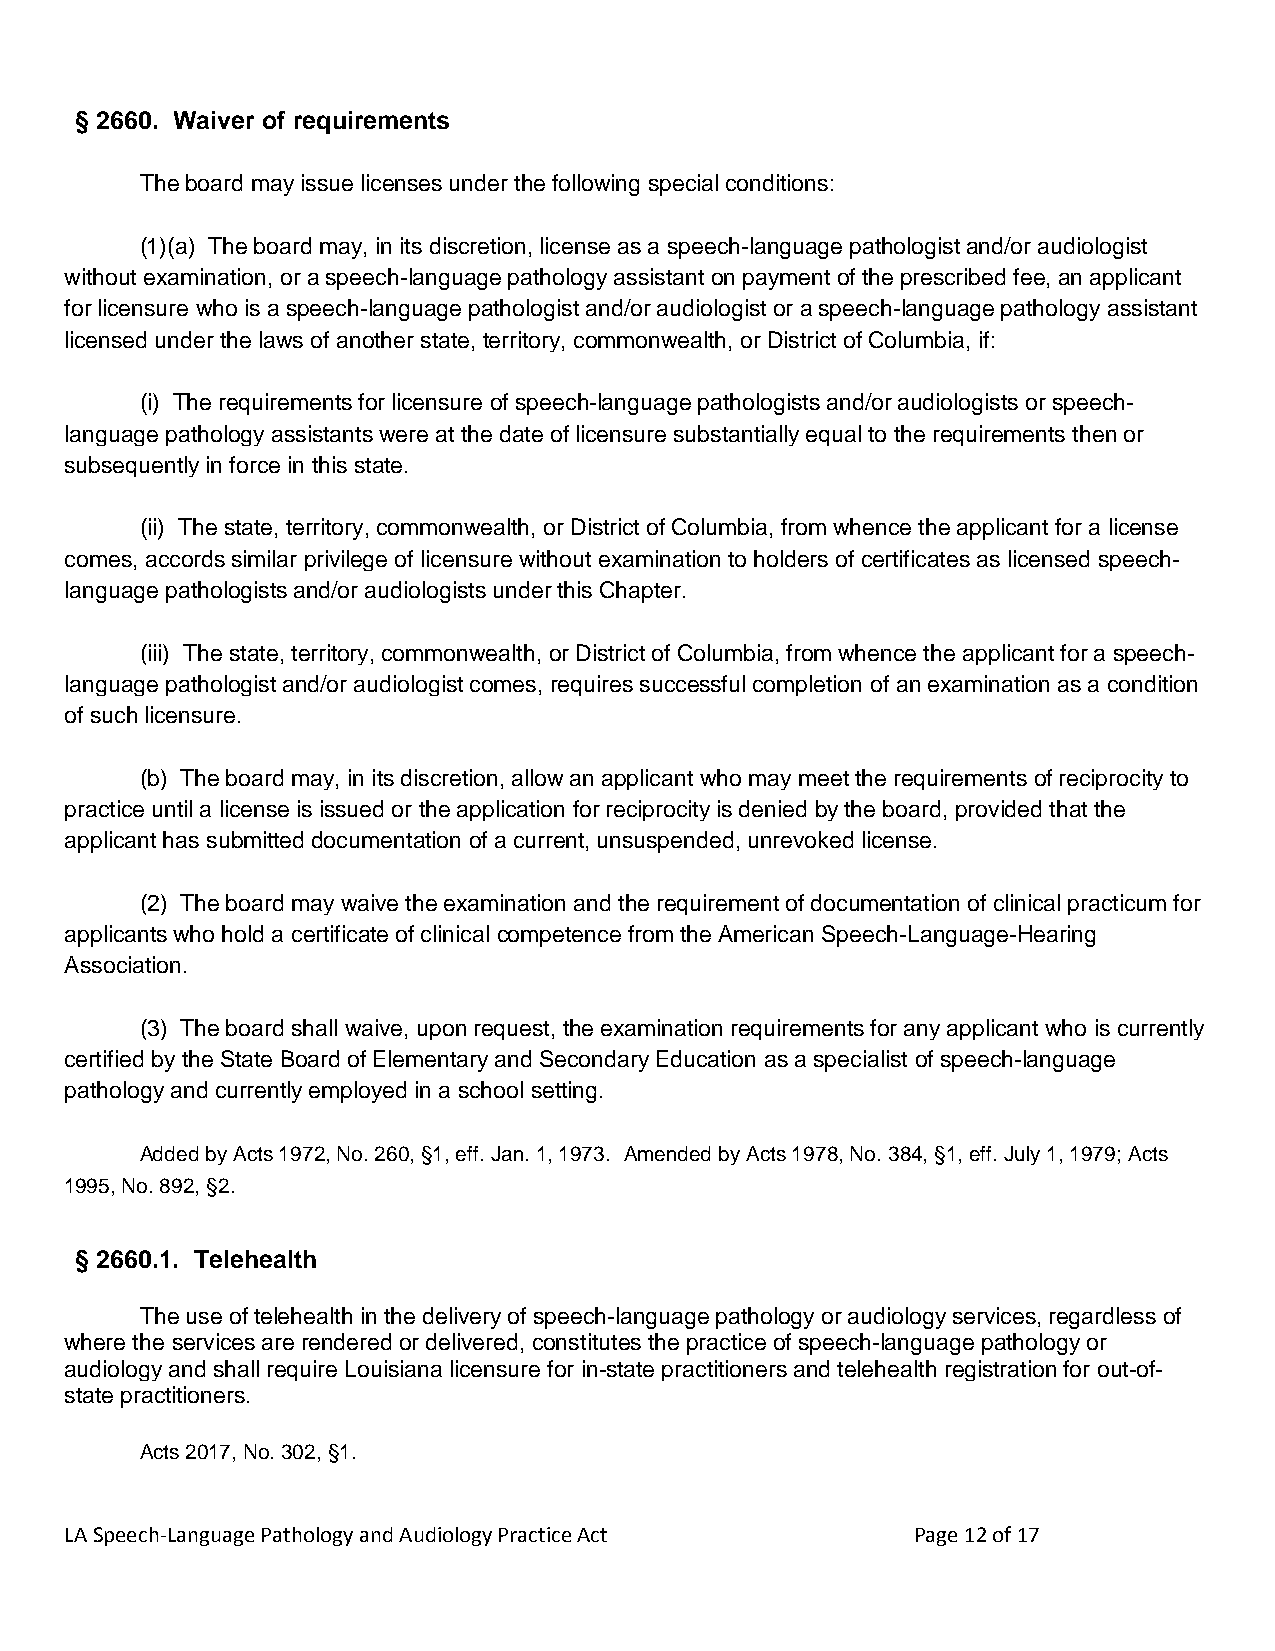
§ 2660. Waiver of requirements
 The board may issue licenses under the following special conditions:
 (1)(a) The board may, in its discretion, license as a speech-language pathologist and/or audiologist
 without examination, or a speech-language pathology assistant on payment of the prescribed fee, an applicant
 for licensure who is a speech-language pathologist and/or audiologist or a speech-language pathology assistant
 licensed under the laws of another state, territory, commonwealth, or District of Columbia, if:
 (i) The requirements for licensure of speech-language pathologists and/or audiologists or speech-
 language pathology assistants were at the date of licensure substantially equal to the requirements then or
 subsequently in force in this state.
 (ii) The state, territory, commonwealth, or District of Columbia, from whence the applicant for a license
 comes, accords similar privilege of licensure without examination to holders of certificates as licensed speech-
 language pathologists and/or audiologists under this Chapter.
 (iii) The state, territory, commonwealth, or District of Columbia, from whence the applicant for a speech-
 language pathologist and/or audiologist comes, requires successful completion of an examination as a condition
 of such licensure.
 (b) The board may, in its discretion, allow an applicant who may meet the requirements of reciprocity to
 practice until a license is issued or the application for reciprocity is denied by the board, provided that the
 applicant has submitted documentation of a current, unsuspended, unrevoked license.
 (2) The board may waive the examination and the requirement of documentation of clinical practicum for
 applicants who hold a certificate of clinical competence from the American Speech-Language-Hearing
 Association.
 (3) The board shall waive, upon request, the examination requirements for any applicant who is currently
 certified by the State Board of Elementary and Secondary Education as a specialist of speech-language
 pathology and currently employed in a school setting.
 Added by Acts 1972, No. 260, §1, eff. Jan. 1, 1973. Amended by Acts 1978, No. 384, §1, eff. July 1, 1979; Acts
 1995, No. 892, §2.
 § 2660.1. Telehealth
 The use of telehealth in the delivery of speech-language pathology or audiology services, regardless of
 where the services are rendered or delivered, constitutes the practice of speech-language pathology or
 audiology and shall require Louisiana licensure for in-state practitioners and telehealth registration for out-of-
 state practitioners.
 Acts 2017, No. 302, §1.
 LA Speech-Language Pathology and Audiology Practice Act Page 12 of 17